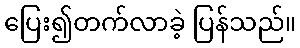
ပြေး၍တက်လာခဲ့ ပြန်သည်။